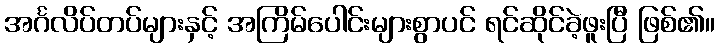
အင်္ဂလိပ်တပ်များနှင့် အကြိမ်ပေါင်းများစွာပင် ရင်ဆိုင်ခဲ့ဖူးပြီ ဖြစ်၏။